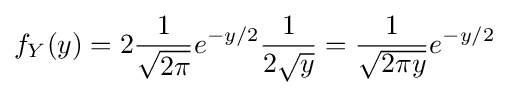
f_{Y}(y)=2{\frac {1}{\sqrt {2\pi }}}e^{-y/2}{\frac {1}{2{\sqrt {y}}}}={\frac {1}{\sqrt {2\pi y}}}e^{-y/2}